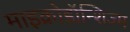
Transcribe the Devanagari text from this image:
माइक्रोडॉन्शिज्म